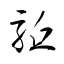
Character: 駈